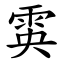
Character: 雵